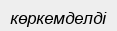
көркемделді